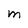
Character: M